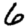
Digit: 6